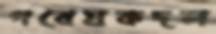
গবেষকদল